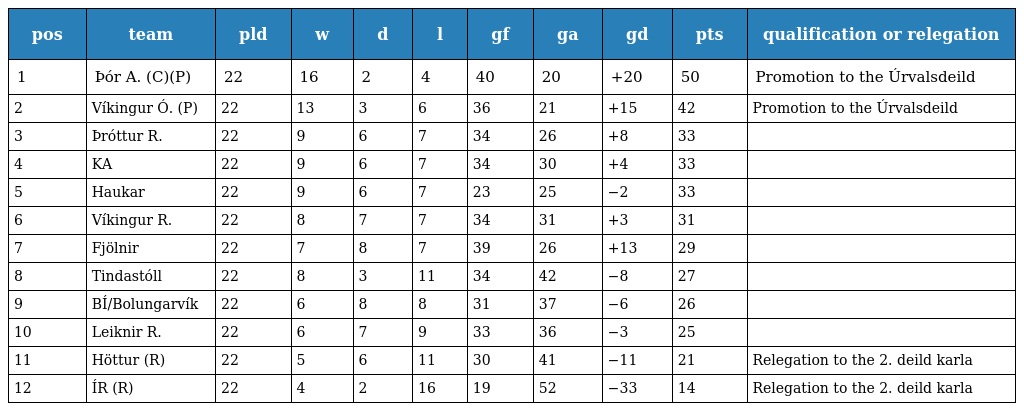
| pos | team | pld | w | d | l | gf | ga | gd | pts | qualification or relegation |
 | --- | --- | --- | --- | --- | --- | --- | --- | --- | --- | --- |
 | 1 | Þór A. (C)(P) | 22 | 16 | 2 | 4 | 40 | 20 | +20 | 50 | Promotion to the Úrvalsdeild |
 | 2 | Víkingur Ó. (P) | 22 | 13 | 3 | 6 | 36 | 21 | +15 | 42 | Promotion to the Úrvalsdeild |
 | 3 | Þróttur R. | 22 | 9 | 6 | 7 | 34 | 26 | +8 | 33 |  |
 | 4 | KA | 22 | 9 | 6 | 7 | 34 | 30 | +4 | 33 |  |
 | 5 | Haukar | 22 | 9 | 6 | 7 | 23 | 25 | −2 | 33 |  |
 | 6 | Víkingur R. | 22 | 8 | 7 | 7 | 34 | 31 | +3 | 31 |  |
 | 7 | Fjölnir | 22 | 7 | 8 | 7 | 39 | 26 | +13 | 29 |  |
 | 8 | Tindastóll | 22 | 8 | 3 | 11 | 34 | 42 | −8 | 27 |  |
 | 9 | BÍ/Bolungarvík | 22 | 6 | 8 | 8 | 31 | 37 | −6 | 26 |  |
 | 10 | Leiknir R. | 22 | 6 | 7 | 9 | 33 | 36 | −3 | 25 |  |
 | 11 | Höttur (R) | 22 | 5 | 6 | 11 | 30 | 41 | −11 | 21 | Relegation to the 2. deild karla |
 | 12 | ÍR (R) | 22 | 4 | 2 | 16 | 19 | 52 | −33 | 14 | Relegation to the 2. deild karla |